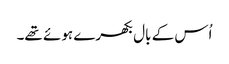
اُس کے بال بکھرے ہوئے تھے۔